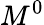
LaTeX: M^{0}